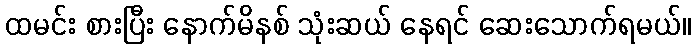
ထမင်း စားပြီး နောက်မိနစ် သုံးဆယ် နေရင် ဆေးသောက်ရမယ်။